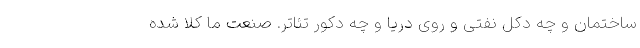
ساختمان و چه دکل نفتی و روی دریا و چه دکور تئاتر. صنعت ما کلا شده